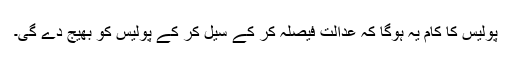
پولیس کا کام یہ ہوگا کہ عدالت فیصلہ کر کے سیل کر کے پولیس کو بھیج دے گی۔